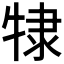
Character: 𰠷